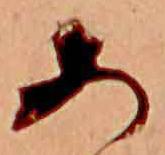
あ